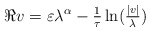
\begin{align*} \Re v = \varepsilon \lambda^\alpha - \tfrac{1}{\tau} \ln(\tfrac{|v|}{\lambda}) \end{align*}